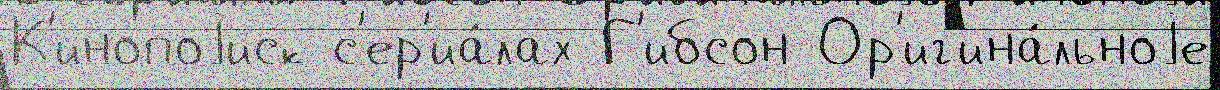
К'инопоjиск с'ер'иа́лах Г'ибсон Ор'иг'ина́льноjе